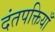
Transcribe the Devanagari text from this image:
दंतपक्तियाँ